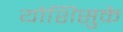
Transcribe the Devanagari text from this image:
योशिसुके